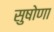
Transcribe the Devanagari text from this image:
सुषोणा